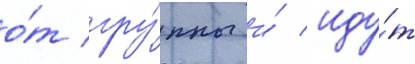
о́т гру́ппы и́ иду́т